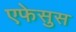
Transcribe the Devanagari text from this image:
एफेसुस